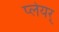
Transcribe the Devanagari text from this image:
प्लेयर्